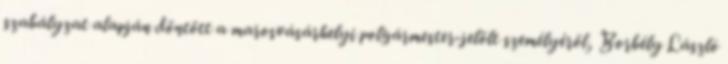
szabályzat alapján döntött a marosvásárhelyi polgármester-jelölt személyéről, Borbély László